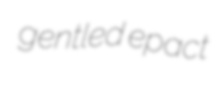
gentled epact